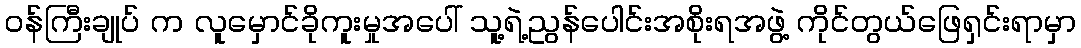
ဝန်ကြီးချုပ် က လူမှောင်ခိုကူးမှုအပေါ် သူ့ရဲ့ညွန်ပေါင်းအစိုးရအဖွဲ့ ကိုင်တွယ်ဖြေရှင်းရာမှာ